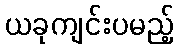
ယခုကျင်းပမည့်